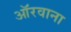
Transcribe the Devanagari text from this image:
ऑरवाना